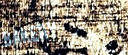
BAKERY